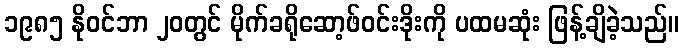
၁၉၈၅ နိုဝင်ဘာ ၂၀တွင် မိုက်ခရိုဆော့ဖ်ဝင်းဒိုးကို ပထမဆုံး ဖြန့်ချိခဲ့သည်။